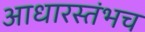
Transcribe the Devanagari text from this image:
आधारस्तंभच